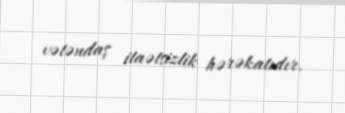
vətəndaş itaətsizlik hərəkatıdır.